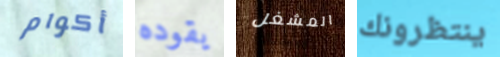
أكوام يقوده المشغل ينتظرونك